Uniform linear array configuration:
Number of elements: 64
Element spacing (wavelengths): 0.75
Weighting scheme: hann
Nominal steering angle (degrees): -30
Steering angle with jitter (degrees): -30.655
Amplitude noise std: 0.05
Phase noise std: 0.05

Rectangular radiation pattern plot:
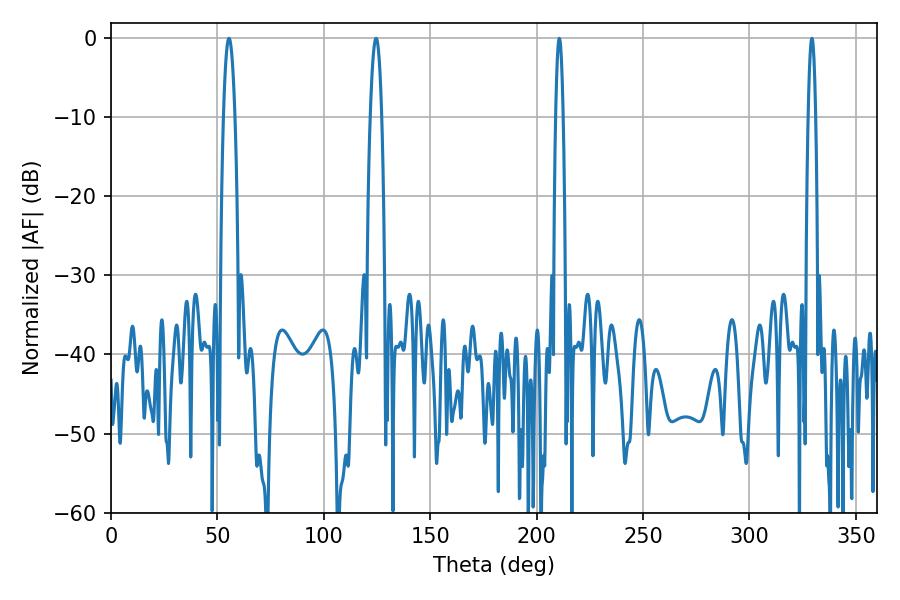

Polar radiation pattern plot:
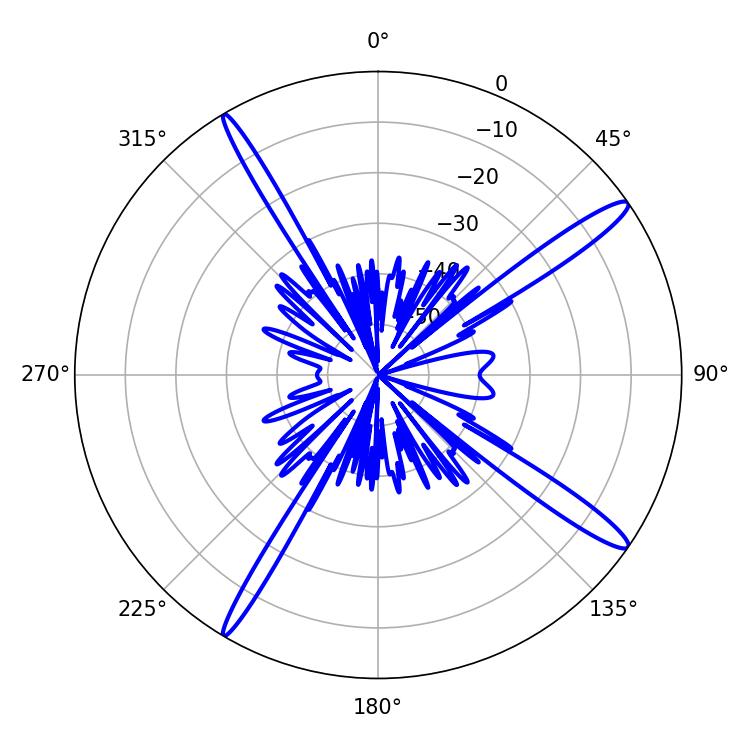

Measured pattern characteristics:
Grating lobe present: TRUE
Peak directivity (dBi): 15.592
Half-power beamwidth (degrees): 2.88
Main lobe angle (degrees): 55.44